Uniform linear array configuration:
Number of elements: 64
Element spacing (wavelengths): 1
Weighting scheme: binomial
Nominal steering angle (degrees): -30
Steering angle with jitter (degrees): -28.831
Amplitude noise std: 0.05
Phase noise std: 0.05

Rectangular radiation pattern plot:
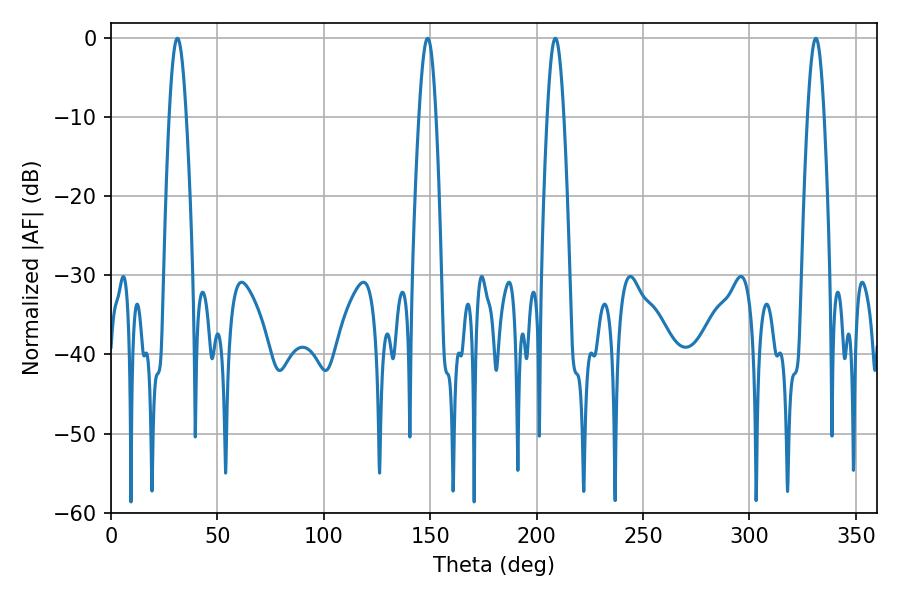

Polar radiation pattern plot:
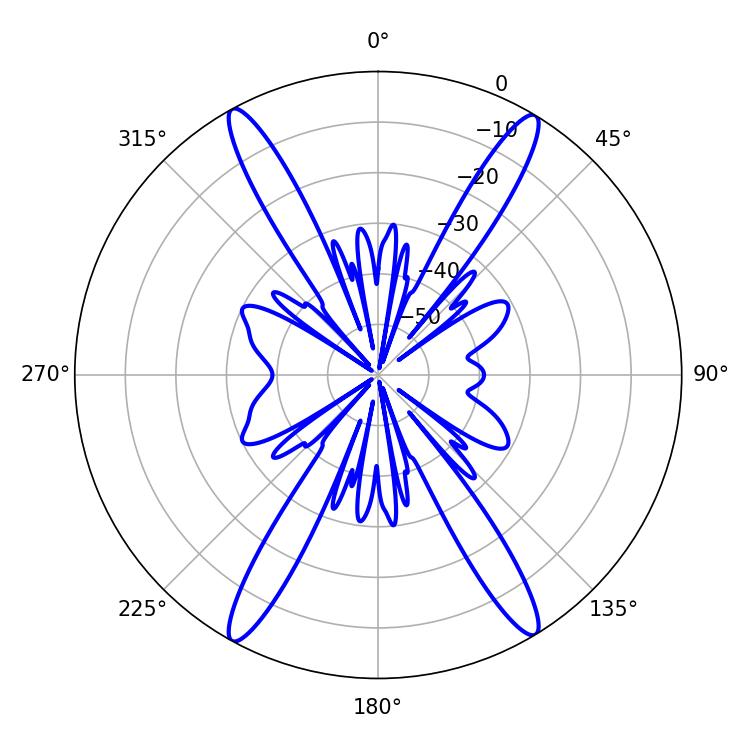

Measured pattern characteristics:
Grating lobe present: TRUE
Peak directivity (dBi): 23.988
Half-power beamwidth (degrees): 4.32
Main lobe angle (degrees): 331.2